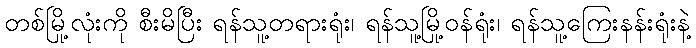
တစ်မြို့လုံးကို စီးမိပြီး ရန်သူ့တရားရုံး၊ ရန်သူ့မြို့ဝန်ရုံး၊ ရန်သူ့ကြေးနန်းရုံးနဲ့